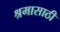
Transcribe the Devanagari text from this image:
श्रमासाठी